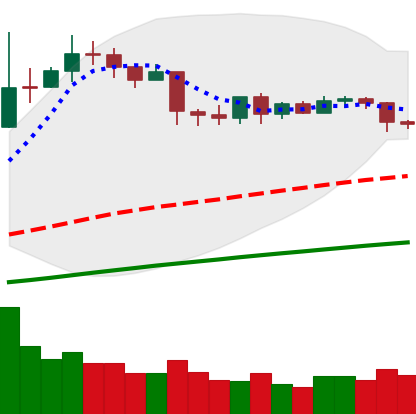
Ticker: LTC-USD
Chart end date: 2019-04-22
Forward return: -6.273%
Label: down_5_7